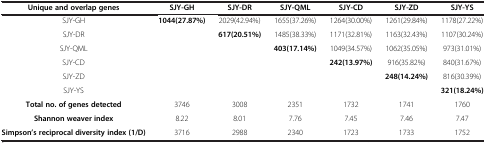
| Unique and overlap genes | SJY-GH | SJY-DR | SJY-QML | SJY-CD | SJY-ZD | SJY-YS |
 | --- | --- | --- | --- | --- | --- | --- |
 | SJY-GH | 1044(27.87%) | 2029(42.94%) | 1655(37.26%) | 1264(30.00%) | 1261(29.84%) | 1178(27.22%) |
 | SJY-DR |  | 617(20.51%) | 1485(38.33%) | 1171(32.81%) | 1163(32.43%) | 1107(30.24%) |
 | SJY-QML |  |  | 403(17.14%) | 1049(34.57%) | 1062(35.05%) | 973(31.01%) |
 | SJY-CD |  |  |  | 242(13.97%) | 916(35.82%) | 840(31.67%) |
 | SJY-ZD |  |  |  |  | 248(14.24%) | 816(30.39%) |
 | SJY-YS |  |  |  |  |  | 321(18.24%) |
 | Total no. of genes detected | 3746 | 3008 | 2351 | 1732 | 1741 | 1760 |
 | Shannon weaver index | 8.22 | 8.01 | 7.76 | 7.45 | 7.46 | 7.47 |
 | Simpson’s reciprocal diversity index (1/D) | 3716 | 2988 | 2340 | 1723 | 1733 | 1752 |